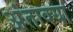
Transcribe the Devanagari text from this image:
अंताक्या